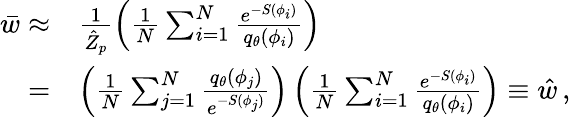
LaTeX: \begin{array}{rl}{\bar{w}\approx}&{\frac{1}{\hat{Z}_{p}}\left(\frac{1}{N}\sum_{i=1}^{N}\frac{e^{-S(\phi_{i})}}{{q}_{\theta}(\phi_{i})}\right)}\\ {=}&{\left(\frac{1}{N}\sum_{j=1}^{N}\frac{{q}_{\theta}(\phi_{j})}{e^{-S(\phi_{j})}}\right)\left(\frac{1}{N}\sum_{i=1}^{N}\frac{e^{-S(\phi_{i})}}{{q}_{\theta}(\phi_{i})}\right)\equiv\hat{w}\, ,}\end{array}